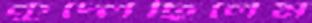
কুদ্‌লেছিলেম